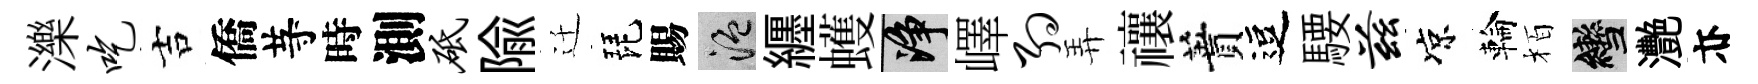
濼吃吉僑䒭時測砥隃迁琵賜温纒蠖净嶧约弄禳蕡逗騕兹凉輪栢轡灧亦